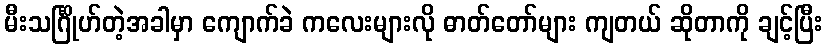
မီးသင်္ဂြိုဟ်တဲ့အခါမှာ ကျောက်ခဲ ကလေးများလို ဓာတ်တော်များ ကျတယ် ဆိုတာကို ချင့်ပြီး